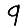
Digit: 9